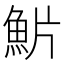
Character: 魸